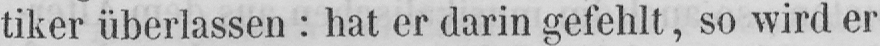
tiker überlassen: hat er darin gefehlt, so wird er